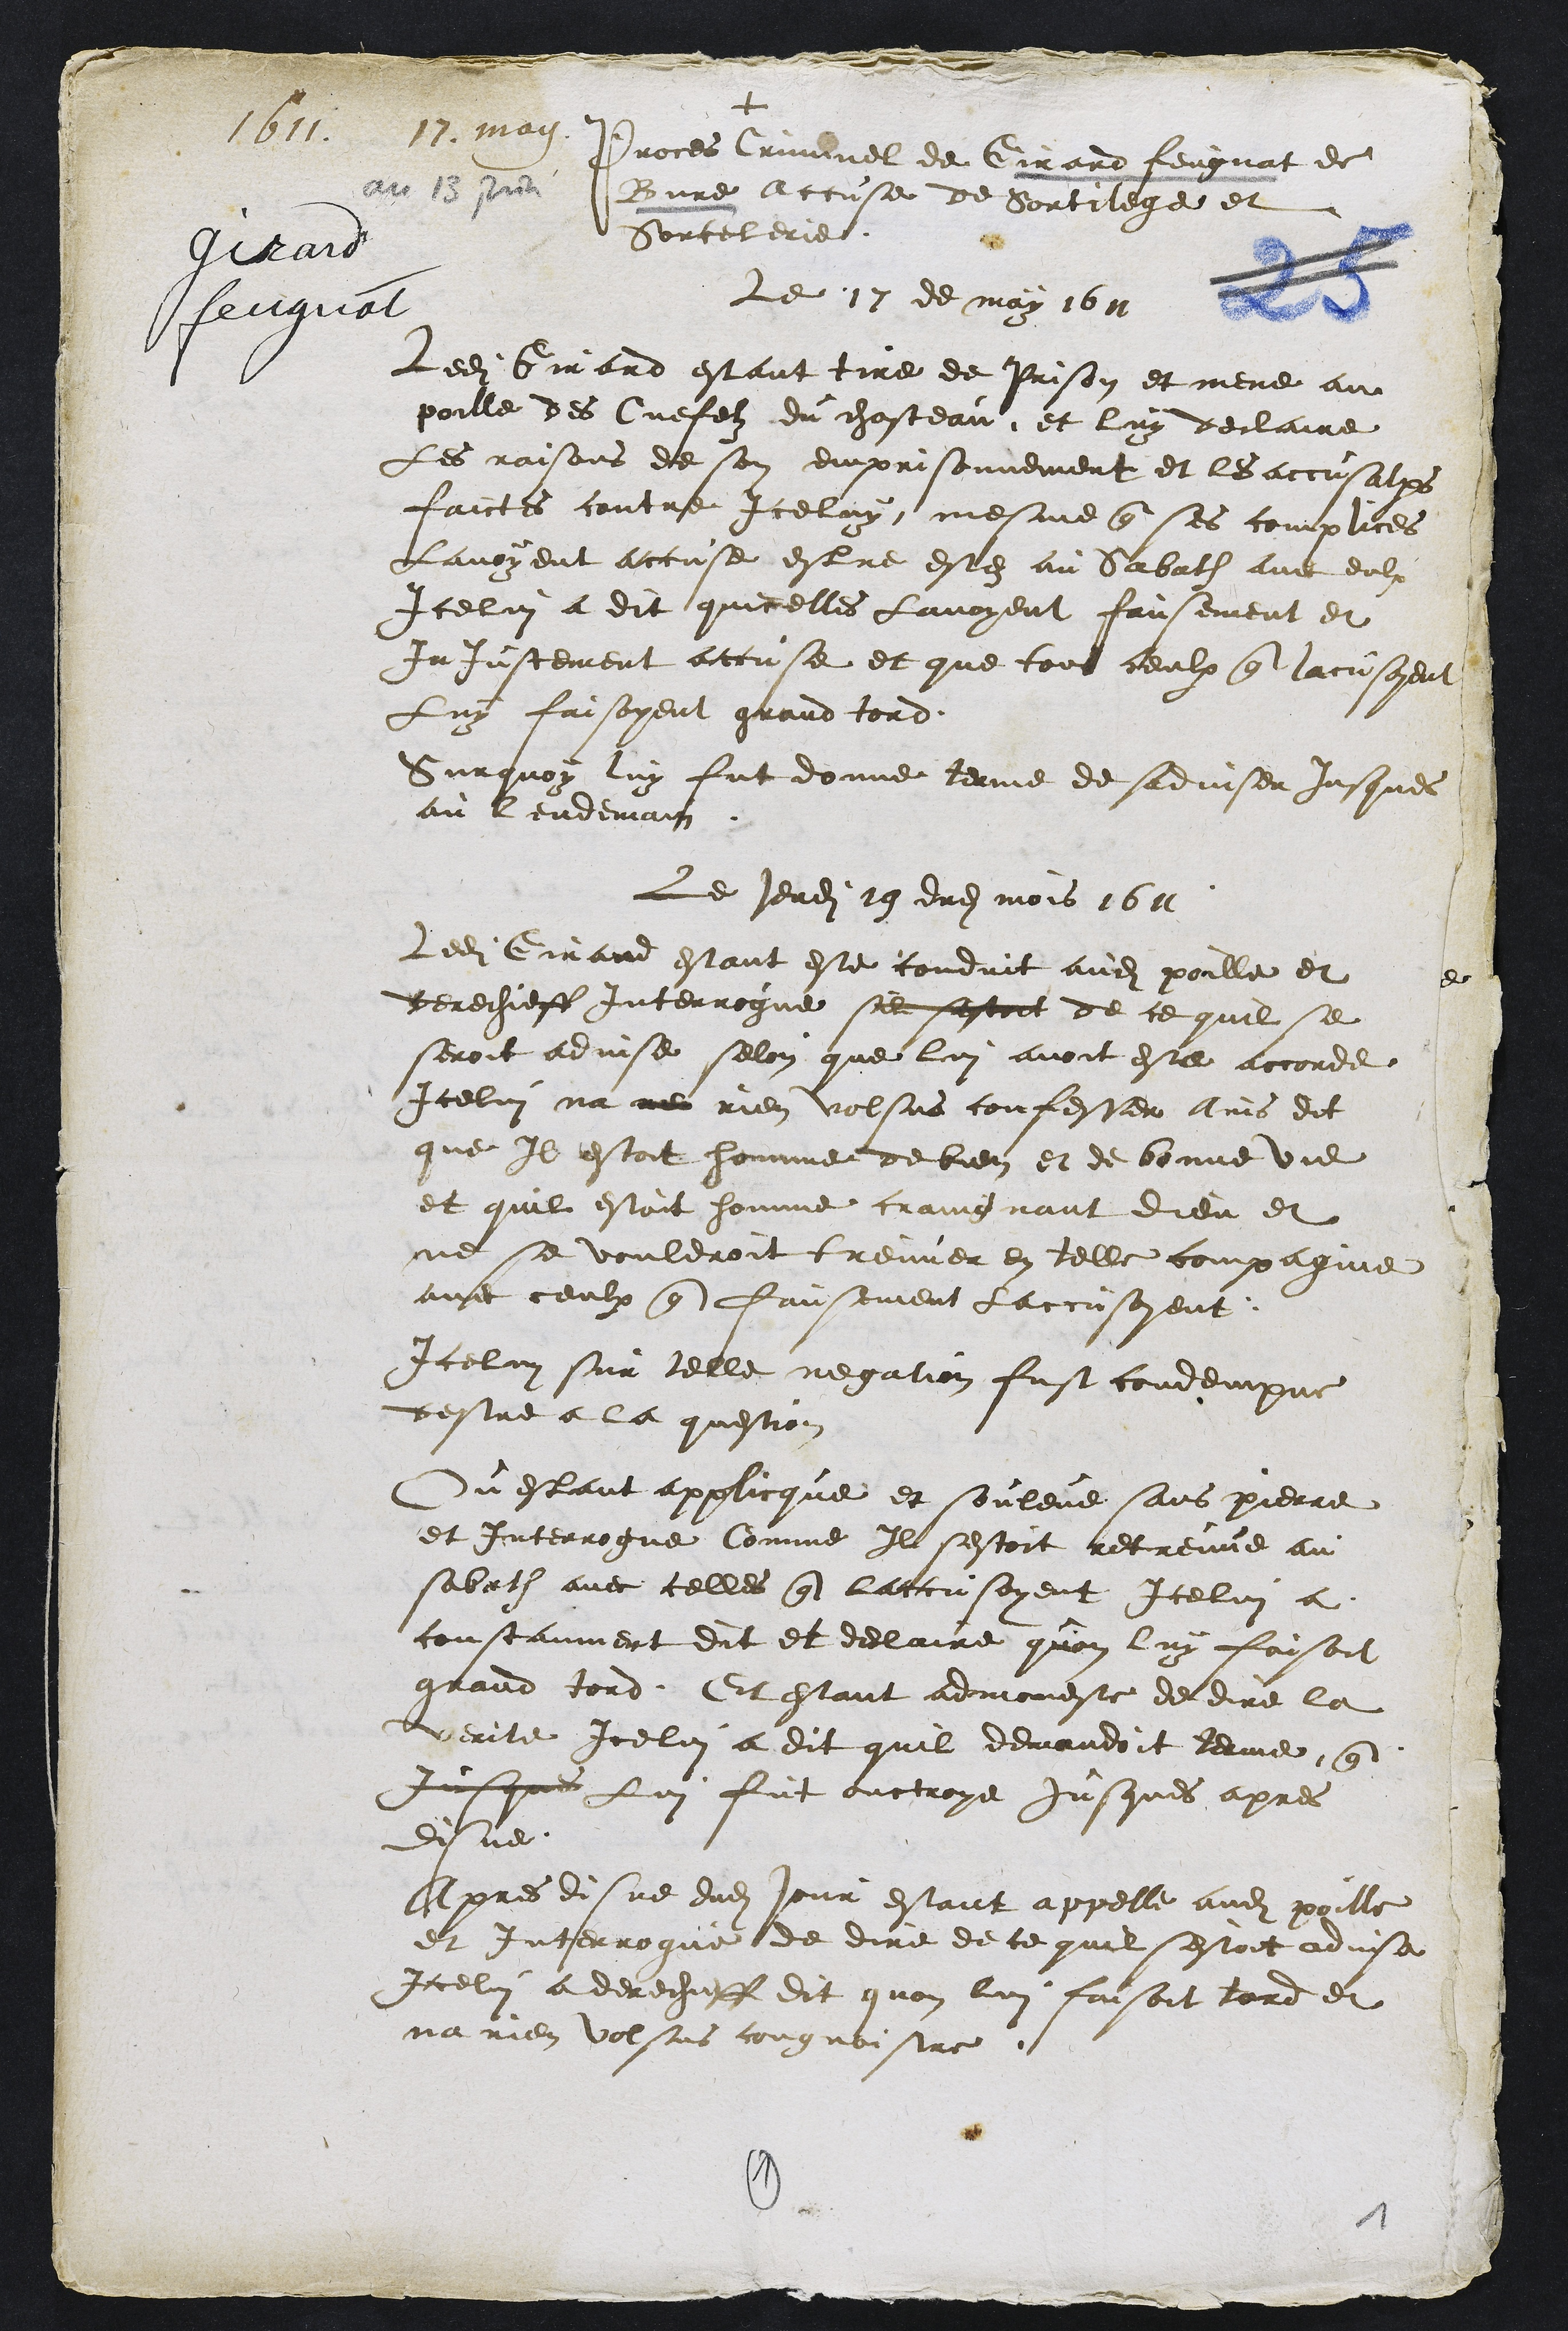
+
1611. 13. may
girard
feugnat
Proces Criminel de Girard feugnat de
Bure accuse de Sortilege et
Sorcelerie
Le 17 de may 1611
Ledit Girard estant tire de Prison et mene au
poille des Cuefelz du chasteau et luy declaire
Les raisons de son emprisonnement et les accusations
faictes contre Iceluy mesme que ses complices
Lavoyent accuse estre estez au Sabath avec eulx
Icelui a dit quicelles Lavoyent fausement et
Injustement accuse et que tous ceulx que laccusoyent
Luy faisoyent grand tord
Surquoy luy fut donne terme de sadviser jusques
au lendemain
Le jeudi 19 dudit mois 1611
Ledit Girard estant este conduit audit poille et
derechieff Interrogue sil sestoit de ce quil se
seroit advise selon que lui avoit este accorde
Icelui na ne rien volsus confesser ains dit
que Il estoit homme de bien et de bonne vie
et quil estoit homme craingnant dieu et
ne se vouldroit treuver en telle compagnie
avec ceulx que fausement laccusoyent
Icelui sur telle negation fust condempne
destre a la question
Ou estant applicque et souleve sans pierre
et Interrogue Comme Il sestoit retreuve au
sabath avec celles que laccusoyent Icelui a
constanment dit et declaire quon luy faisoit
grand tord Et estant admonestee de dire la
verite Icelui a dit quil demandoit terme que
jusques lui fut ouctroye jusques apres
disne
Apres disne dudit jour estant appelle audit poille
et Interrogue de dire de ce quil sestoit advise
Icelui a derechieff dit quon lui faisoit tord et
na rien volsus cougnoistre
1
1